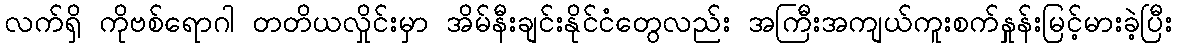
လက်ရှိ ကိုဗစ်ရောဂါ တတိယလှိုင်းမှာ အိမ်နီးချင်းနိုင်ငံတွေလည်း အကြီးအကျယ်ကူးစက်နှုူန်းမြင့်မားခဲ့ပြီး